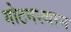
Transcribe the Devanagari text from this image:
गोटनस्थान